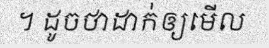
។ ដូចថាដាក់ឲ្យមើល